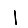
Digit: 1